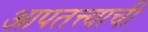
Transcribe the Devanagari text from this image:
आपतत्त्वाची